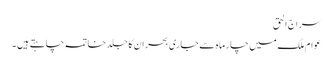
سراج الحق
عوام ملک میں چارماہ سے جاری بحران کا جلد خاتمہ چاہتے ہیں ۔